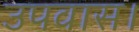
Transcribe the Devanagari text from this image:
उपवास।